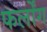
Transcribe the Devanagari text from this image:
फर्लोंग